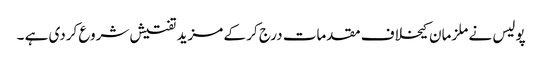
پولیس نے ملزمان کیخلاف مقدمات درج کر کے مزید تفتیش شروع کردی ہے ۔